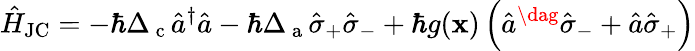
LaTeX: \hat{H}_{\mathrm{JC}}=-\hbar\Delta_{\mathrm{~c~}}\hat{a}^{\dagger}\hat{a}-\hbar\Delta_{\mathrm{~a~}}\hat{\sigma}_{+}\hat{\sigma}_{-}+\hbar g({\mathbf x})\left(\hat{a}^{\dag}\hat{\sigma}_{-}+\hat{a}\hat{\sigma}_{+}\right)